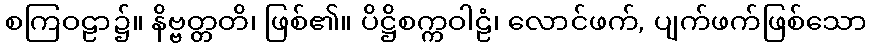
စကြဝဠာ၌။ နိဗ္ဗတ္တတိ၊ ဖြစ်၏။ ပိဋ္ဌိစက္ကဝါဠံ၊ လောင်ဖက်, ပျက်ဖက်ဖြစ်သော